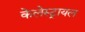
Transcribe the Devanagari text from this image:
केलेस्ट्रायल